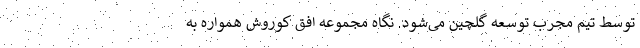
توسط تیم مجرب توسعه گلچین می­شود. نگاه مجموعه افق کوروش همواره به